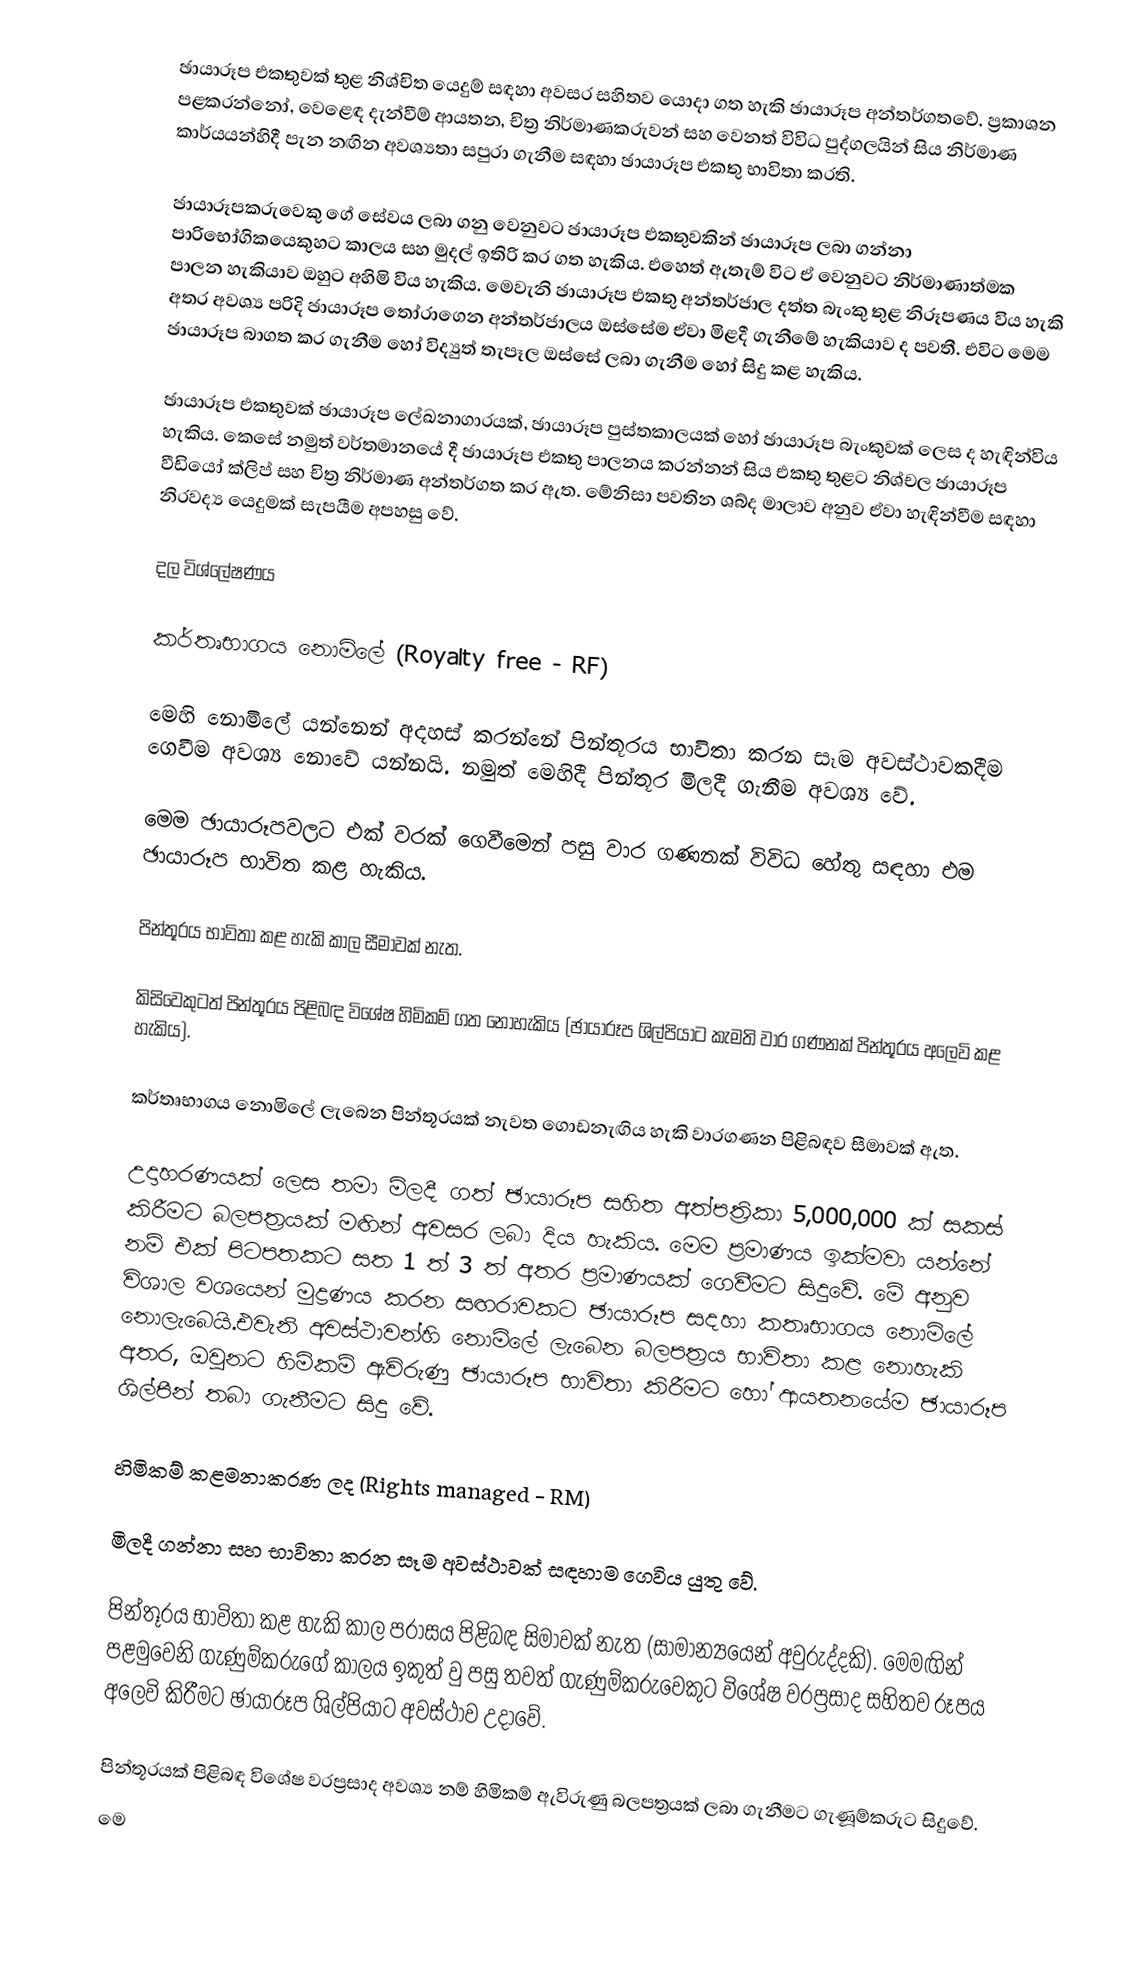
ඡායාරූප එකතුවක් තුළ නිශ්චිත යෙදුම් සඳහා අවසර සහිතව යොදා ගත හැකි ඡායාරූප අන්තර්ගතවේ. ප්‍රකාශන පළකරන්නෝ, වෙළෙඳ දැන්වීම් ආයතන, චිත්‍ර නිර්මාණකරුවන් සහ වෙනත් විවිධ පුද්ගලයින් සිය නිර්මාණ කාර්යයන්හිදී පැන නඟින අවශ්‍යතා සපුරා ගැනීම සඳහා ඡායාරූප එකතු භාවිතා කරති.

ඡායාරූපකරුවෙකු ගේ සේවය ලබා ගනු වෙනුවට ඡායාරූප එකතුවකින් ඡායාරූප ලබා ගන්නා පාරිභෝගිකයෙකුහට කාලය සහ මුදල් ඉතිරි කර ගත හැකිය. එහෙත් ඇතැම් විට ඒ වෙනුවට නිර්මාණාත්මක පාලන හැකියාව ඔහුට අහිමි විය හැකිය. මෙවැනි ඡායාරූප එකතු අන්තර්ජාල දත්ත බැංකු තුළ නිරූපණය විය හැකි අතර අවශ්‍ය පරිදි ඡායාරූප තෝරාගෙන අන්තර්ජාලය ඔස්සේම ඒවා මිළදී ගැනීමේ හැකියාව ද පවතී. එවිට මෙම ඡායාරූප බාගත කර ගැනීම හෝ විද්‍යුත් තැපෑල ඔස්සේ ලබා ගැනීම හෝ සිදු කළ හැකිය.

ඡායාරූප එකතුවක් ඡායාරූප ලේඛනාගාරයක්, ඡායාරූප පුස්තකාලයක් හෝ ඡායාරූප බැංකුවක් ලෙස ද හැඳින්විය හැකිය. කෙසේ නමුත් වර්තමානයේ දී ඡායාරූප එකතු පාලනය කරන්නන් සිය එකතු තුළට නිශ්චල ඡායාරූප වීඩියෝ ක්ලිප් සහ චිත්‍ර නිර්මාණ අන්තර්ගත කර ඇත. මේනිසා පවතින ශබ්ද මාලාව අනුව ඒවා හැඳින්වීම සඳහා නිරවද්‍ය යෙදුමක් සැපයීම අපහසු වේ.

දල විශ්ලේෂණය

කර්තෘභාගය නොමිලේ (Royalty free - RF)

මෙහි නොමිලේ යන්නෙන් අදහස් කරන්නේ පින්තූරය භාවිතා කරන සෑම අවස්ථාවකදීම ගෙවීම අවශ්‍ය නොවේ යන්නයි. නමුත් මෙහිදී පින්තූර මිලදී ගැනීම අවශ්‍ය වේ.

	මෙම ඡායාරූපවලට එක් වරක් ගෙවීමෙන් පසු වාර ගණනක් විවිධ හේතු සඳහා එම ඡායාරූප භාවිත කළ හැකිය.

	පින්තූරය භාවිතා කළ හැකි කාල සීමාවක් නැත.

	කිසිවෙකුටත් පින්තූරය පිළිබඳ විශේෂ හිමිකම් ගත නොහැකිය (ඡායාරූප ශිල්පියාට කැමති වාර ගණනක් පින්තූරය අලෙවි කළ හැකිය).

	කර්තෘභාගය නොමිලේ ලැබෙන පින්තූරයක් ‍නැවත ගොඩනැඟිය හැකි වාරගණන පිළිබඳව සීමාවක් ඇත.

උදාහරණයක් ලෙස තමා මිලදී ගත් ඡායාරූප සහිත අත්පත්‍රිකා 5,000,000 ක් සකස් කිරීමට බලපත්‍රයක් මඟින් අවසර ලබා දිය හැකිය. මෙම ප්‍රමාණය ඉක්මවා යන්නේ නම් එක් පිටපතකට සත 1 ත් 3 ත් අතර ප්‍රමාණයක් ගෙවීමට සිදුවේ. මේ අනුව විශාල වශයෙන් මුද්‍රණය කරන සඟරාවකට ඡායාරූප සදහා කතෘභාගය නොමි‍ලේ නොලැබෙයි.එවැනි අවස්ථාවන්හි නොමිලේ ලැබෙන බලපත්‍රය භාවිතා කළ නොහැකි අතර, ඔවුනට හිමිකම් ඇවිරුණු ඡායාරූප භාවිතා කිරීමට හෝ  ආයතනයේම ඡායාරූප ශිල්පීන් තබා ගැනීමට සිදු වේ.

හිමිකම් කළමනාකරණ ලද (Rights managed - RM)

	මිලදී ගන්නා සහ භාවිතා කරන සෑම අවස්ථාවක් සඳහාම ගෙවිය යුතු වේ.

	පින්තූරය භාවිතා කළ හැකි කාල පරාසය පිළිබඳ සිමාවක් නැත (සාමාන්‍යයෙන් අවුරුද්දකි). මෙමඟින් පළමුවෙනි ගැණුම්කරුගේ කාලය ඉකුත් වු පසු තවත් ගැණුම්කරුවෙකු‍ට විශේෂ වරප්‍රසාද සහිතව රූපය අලෙවි කිරීමට ඡායාරූප ශිල්පියාට අවස්ථාව උදාවේ.

	පින්තූරයක් පිළිබඳ විශේෂ වරප්‍රසාද අවශ්‍ය නම් හිමිකම් ඇවිරුණු බලපත්‍රයක් ලබා ගැනීමට ගැණූම්කරුට සිදුවේ.
මෙ